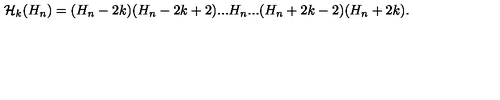
{ \cal H } _ { k } ( H _ { n } ) = ( H _ { n } - 2 k ) ( H _ { n } - 2 k + 2 ) . . . H _ { n } . . . ( H _ { n } + 2 k - 2 ) ( H _ { n } + 2 k ) .